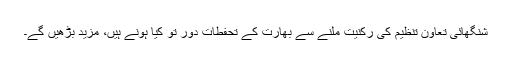
شنگھائی تعاون تنظیم کی رکنیت ملنے سے بھارت کے تحفطات دور تو کیا ہونے ہیں، مزید بڑھیں گے۔